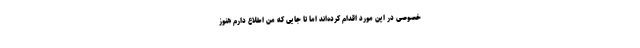
خصوصی در این مورد اقدام کرده‌اند اما تا جایی که من اطلاع دارم هنوز